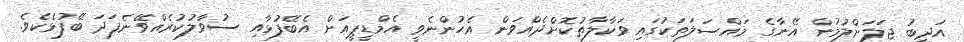
އަދީބު ޖަލަށްލުމުން އޭނާގެ މައްސަލަތަކުގައި ވަކާލާތުކޮށްދެއްވަން އެހުންނެވީ އެމްޑީޕީއަށް އެބޭފުޅާއި ސުވާލުކުރެއްވޭނެފަދަ ބޭފުޅެކެވެ.